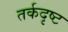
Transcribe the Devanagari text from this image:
तर्कदृष्ट